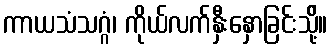
ကာယသံသဂ္ဂံ၊ ကိုယ်လက်နှီးနှောခြင်းသို့်။